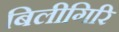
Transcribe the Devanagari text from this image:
बिलीगिरि